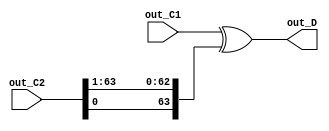
module calculate_D(out_D, out_C1, out_C2);
output [63:0] out_D;
input [63:0] out_C1, out_C2;

assign out_D = out_C1[63:0] ^ {out_C2[0], out_C2[63:1]};

endmodule